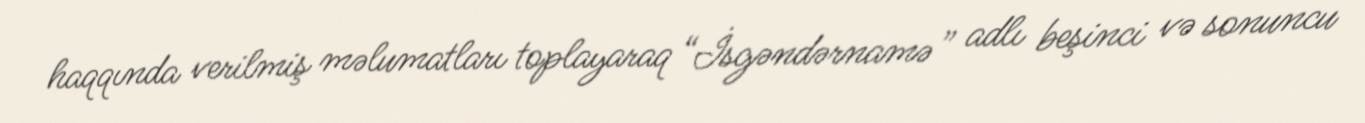
haqqında verilmiş məlumatları toplayaraq “İsgəndərnamə” adlı beşinci və sonuncu